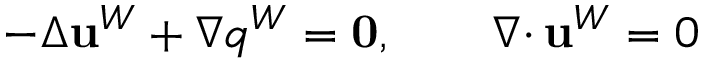
- \Delta { \mathbf u } ^ { W } + \nabla q ^ { W } = { \mathbf 0 } , \qquad { { \nabla \cdot } \, } { \mathbf u } ^ { W } = 0